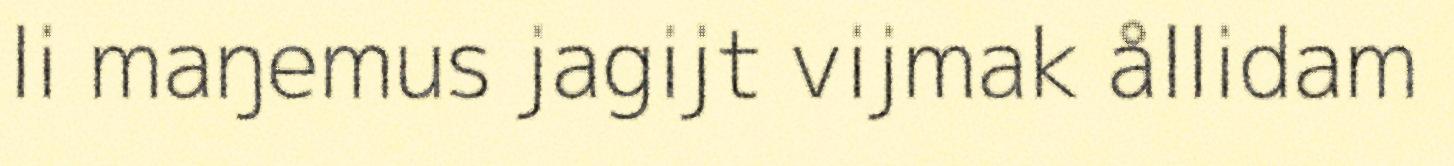
li maŋemus jagijt vijmak ållidam